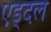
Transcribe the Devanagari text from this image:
एड्दल